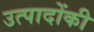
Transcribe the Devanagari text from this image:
उत्पादोंकी